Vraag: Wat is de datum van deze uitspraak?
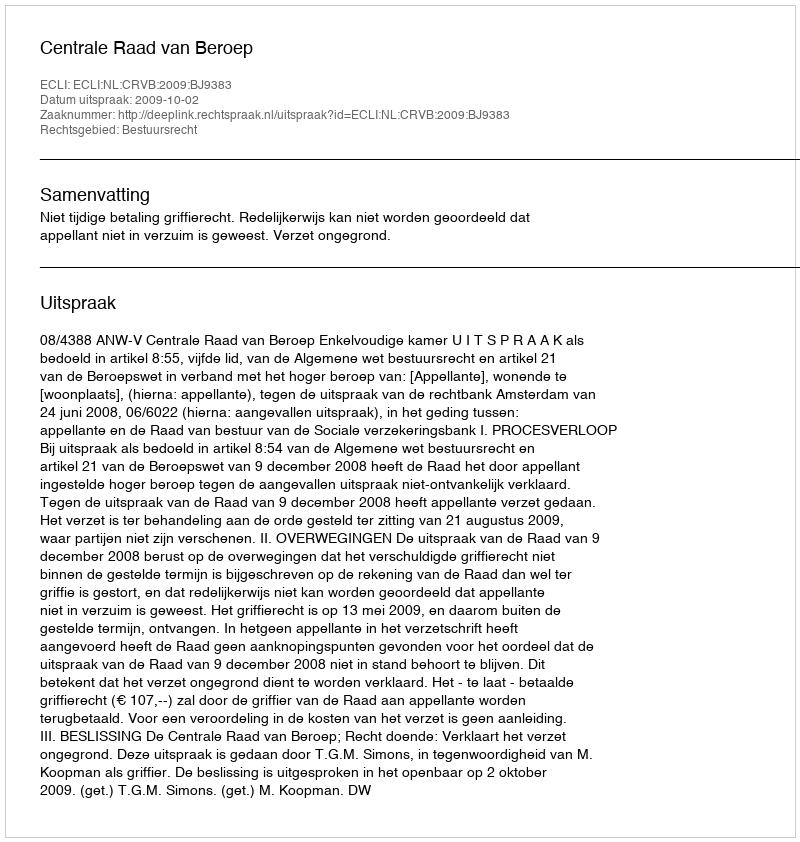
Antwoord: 2009-10-02